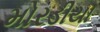
મોરડીયા